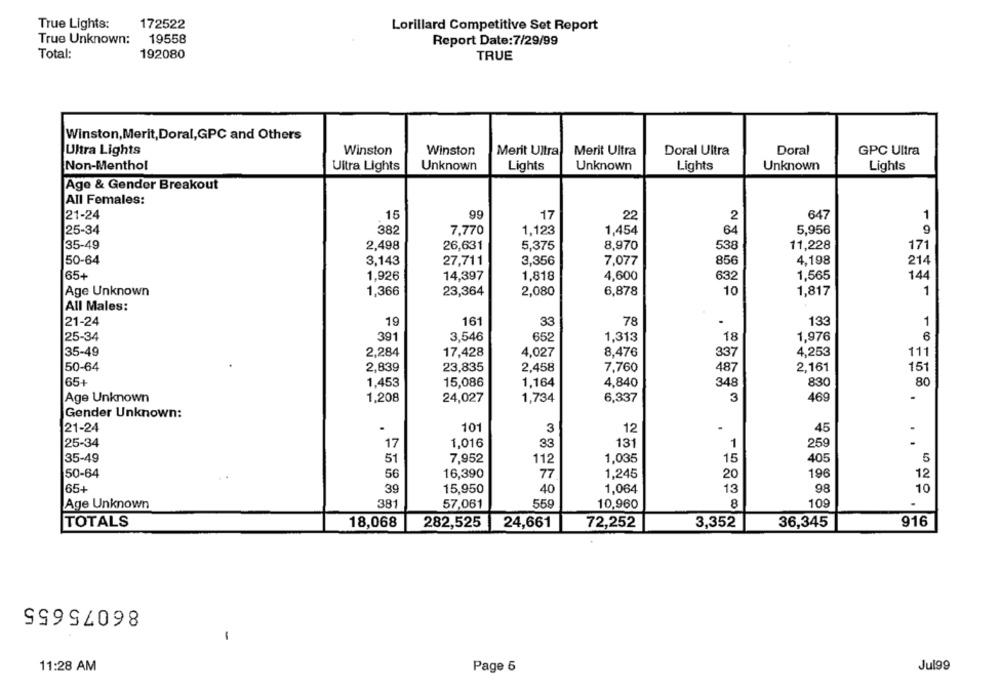
True Lights:
172522
Lorillard Competitive Set Report
True Unknown:
19558
Report Date:7/29/99
Total:
192080
TRUE
Winston,Merit, Doral,GPC and Others
Ultra Lights
Winston
Winston
Merit Ultra
Merit Ultra
Doral Ultra
Doral
GPC Ultra
Non-Menthol
Ultra Lights
Unknown
Lights
Unknown
Lights
Unknown
Lights
Age & Gender Breakout
All Females:
15
99
647
1
21-24
17
22
2
25-34
382
7.770
1,123
1,454
64
5,956
35-49
2,498
26,631
5,375
8,970
538
11,228
171
50-64
3,143
27,711
3,356
7,077
856
4,198
214
65+
1,926
14,397
1,818
4,600
632
1,565
144
10
1
Age Unknown
1,366
23,364
2,080
6,878
1,817
All Males:
21-24
19
161
33
78
133
1
25-34
391
3,546
652
1,313
18
1,976
6
35-49
2,284
17,428
4,027
8,476
337
4,253
111
50-64
2,839
2,458
2,161
151
23,835
7,760
487
65+
1,453
15,086
1,164
4,840
348
830
80
Age Unknown
1,208
24,027
1,734
6,337
3
469
Gender Unknown:
21-24
.
101
3
12
.
45
.
25-34
1,016
33
131
1
259
17
1,035
405
5
35-49
51
7,952
112
15
50-64
56
16,390
77
1,245
20
196
12
65+
39
15,950
40
1,064
13
98
10
Age Unknown
381
57,061
559
10,960
8
109
TOTALS
18,068
282,525
24,661
72,252
3,352
36,345
916
86075655
-
11:28 AM
Page 5
Jul99